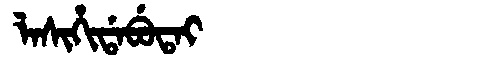
Manchu: ᠯᠠᠰᡳᡥᡳᡩᠠᠪᡠᡨᠠᡳ
Romanization: LASIHIDABUTAI